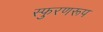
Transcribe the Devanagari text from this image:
स्फुरणरूप